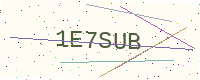
Text: 1E7SUB